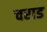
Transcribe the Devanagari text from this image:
चराड